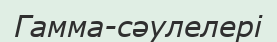
Гамма-сәулелері